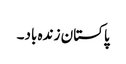
پاکستان زندہ باد۔